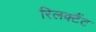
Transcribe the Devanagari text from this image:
रिलक्टैंट